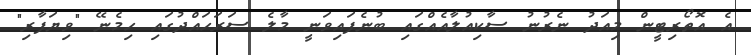
އެ އޮތޯރިޓީން މިއަދު ނެރުނު ސާކިއުލާއެއްގައި ބުނެފައިވަނީ މާލެ ސަރަހައްދުގައި ހިމެނޭ "ވިޔަފާރި"